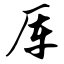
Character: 厍